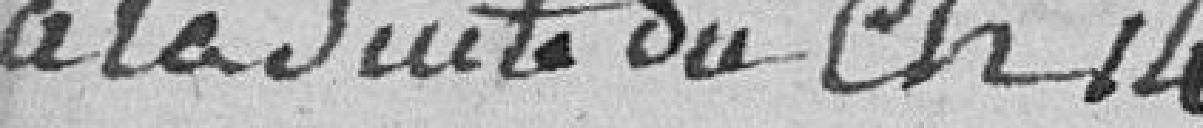
à la suite du chapitre 14